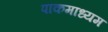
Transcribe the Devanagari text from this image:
पाकमाध्यम